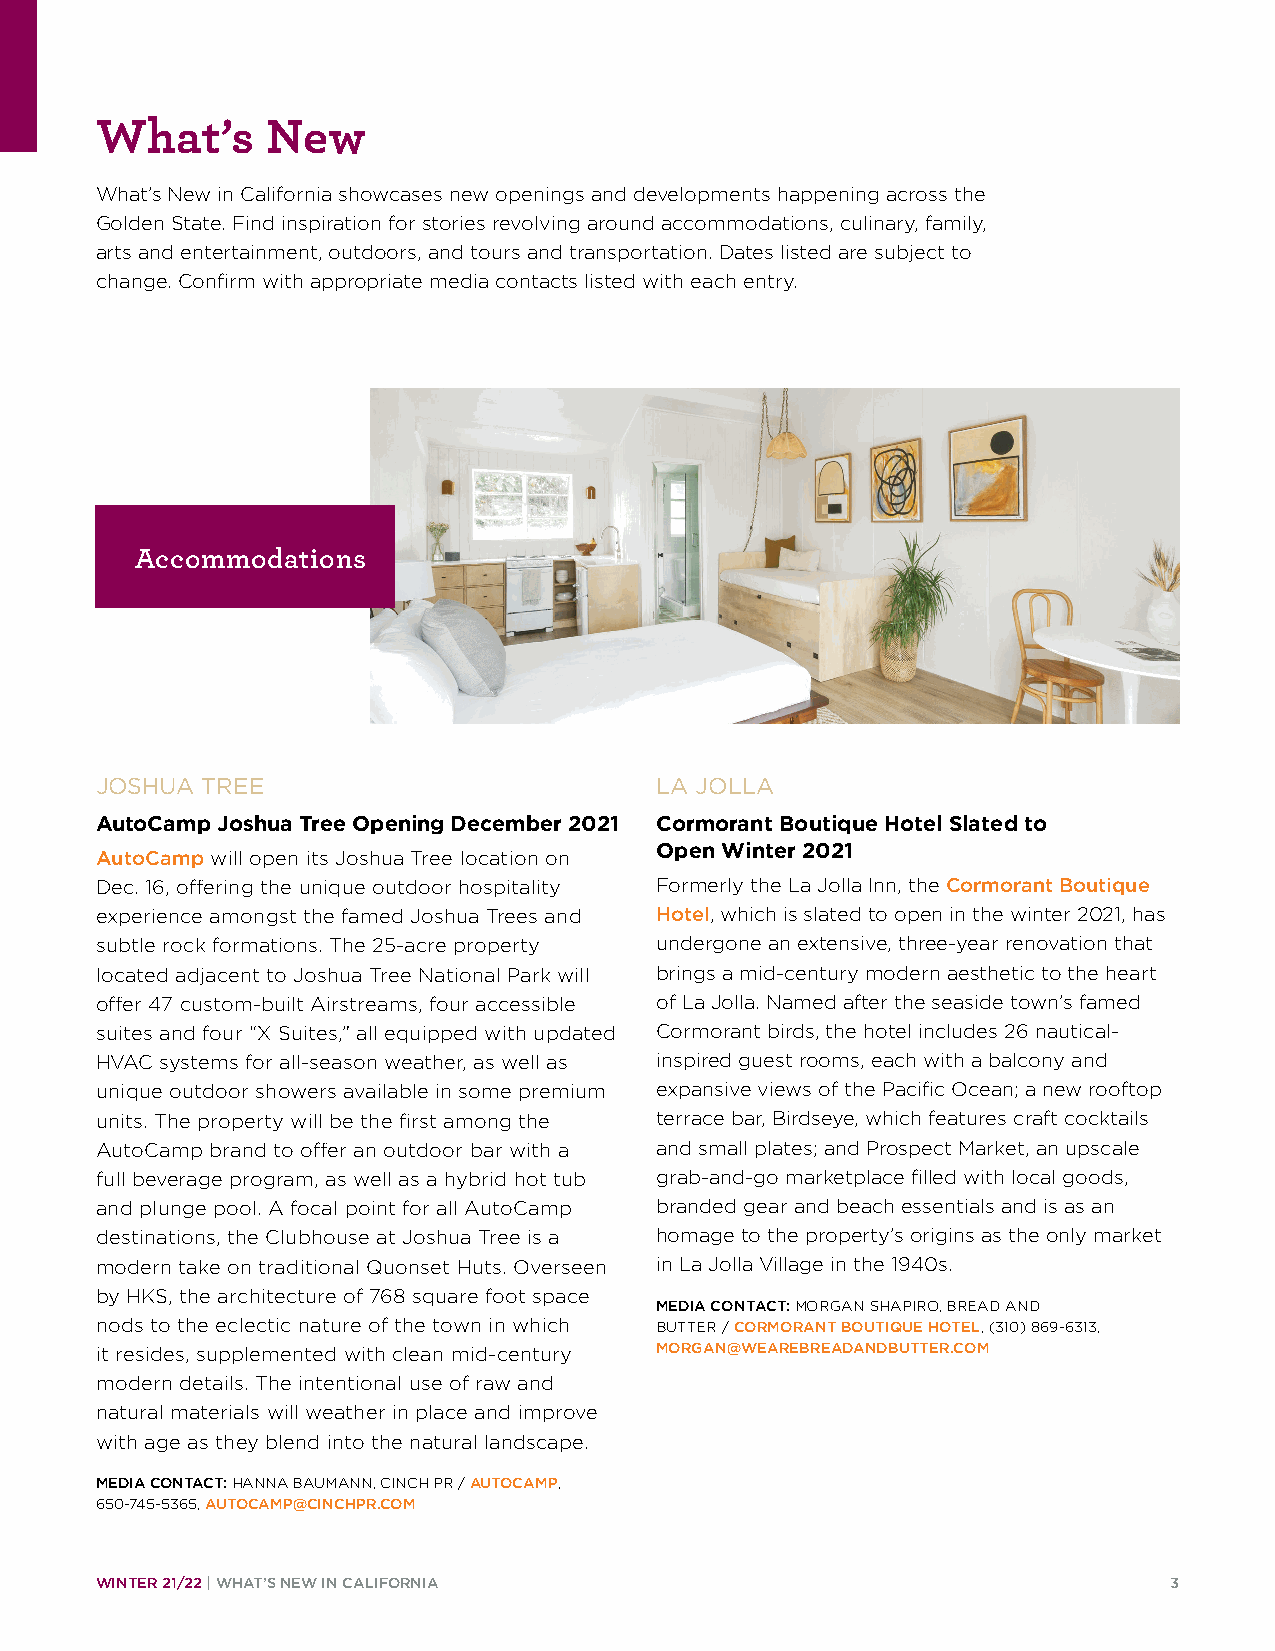
What’s      New
 What’s New in California showcases new openings and developments happening across the
 Golden State. Find inspiration for stories revolving around accommodations, culinary, family,
 arts and entertainment, outdoors, and tours and transportation. Dates listed are subject to
 change. Confirm with appropriate media contacts listed with each entry.
 Accommodations
 JOSHUA TREE                          LA JOLLA
 AutoCamp Joshua Tree Opening December 2021 Cormorant Boutique Hotel Slated to
 Open Winter 2021
 AutoCamp will open its Joshua Tree location on
 Dec. 16, offering the unique outdoor hospitality Formerly the La Jolla Inn, the Cormorant Boutique
 experience amongst the famed Joshua Trees and Hotel, which is slated to open in the winter 2021, has
 subtle rock formations. The 25-acre property undergone an extensive, three-year renovation that
 located adjacent to Joshua Tree National Park will brings a mid-century modern aesthetic to the heart
 offer 47 custom-built Airstreams, four accessible of La Jolla. Named after the seaside town’s famed
 suites and four “X Suites,” all equipped with updated Cormorant birds, the hotel includes 26 nautical-
 HVAC systems for all-season weather, as well as inspired guest rooms, each with a balcony and
 unique outdoor showers available in some premium expansive views of the Pacific Ocean; a new rooftop
 units. The property will be the first among the terrace bar, Birdseye, which features craft cocktails
 AutoCamp brand to offer an outdoor bar with a and small plates; and Prospect Market, an upscale
 full beverage program, as well as a hybrid hot tub grab-and-go marketplace filled with local goods,
 and plunge pool. A focal point for all AutoCamp branded gear and beach essentials and is as an
 destinations, the Clubhouse at Joshua Tree is a homage to the property’s origins as the only market
 modern take on traditional Quonset Huts. Overseen in La Jolla Village in the 1940s.
 by HKS, the architecture of 768 square foot space
 MEDIA CONTACT: MORGAN SHAPIRO, BREAD AND
 nods to the eclectic nature of the town in which BUTTER / CORMORANT BOUTIQUE HOTEL, (310) 869-6313,
 it resides, supplemented with clean mid-century MORGAN@WEAREBREADANDBUTTER.COM
 modern details. The intentional use of raw and
 natural materials will weather in place and improve
 with age as they blend into the natural landscape.
 MEDIA CONTACT: HANNA BAUMANN, CINCH PR / AUTOCAMP,
 650-745-5365, AUTOCAMP@CINCHPR.COM
 WINTER 21/22 | WHAT’S NEW IN CALIFORNIA                                3